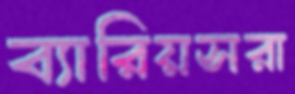
ব্যারিয়সরা